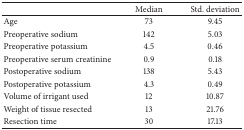
<table><thead><tr><td><b> </b></td><td><b>Median</b></td><td><b>Std. deviation</b></td></tr></thead><tbody><tr><td>Age</td><td>73</td><td>9.45</td></tr><tr><td>Preoperative sodium </td><td>142</td><td>5.03</td></tr><tr><td>Preoperative potassium</td><td>4.5</td><td>0.46</td></tr><tr><td>Preoperative serum creatinine</td><td>0.9</td><td>0.18</td></tr><tr><td>Postoperative sodium </td><td>138</td><td>5.43</td></tr><tr><td>Postoperative potassium</td><td>4.3</td><td>0.49</td></tr><tr><td>Volume of irrigant used</td><td>12</td><td>10.87</td></tr><tr><td>Weight of tissue resected</td><td>13</td><td>21.76</td></tr><tr><td>Resection time</td><td>30</td><td>17.13</td></tr></tbody></table>